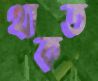
থাকত